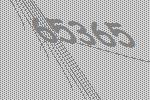
65365